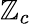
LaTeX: \mathbb{Z}_{c}